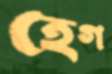
হেগ